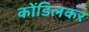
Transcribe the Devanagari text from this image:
कोंडिलकर